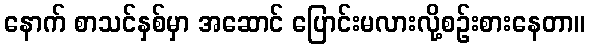
နောက် စာသင်နှစ်မှာ အဆောင် ပြောင်းမလားလို့စဉ်းစားနေတာ။